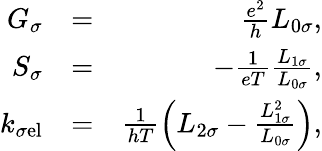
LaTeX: \begin{array}{rlr}{G_{\sigma}}&{=}&{\frac{e^{2}}{h}L_{0\sigma},}\\ {S_{\sigma}}&{=}&{-\frac{1}{eT}\frac{L_{1\sigma}}{L_{0\sigma}},}\\ {k_{\sigma\mathrm{el}}}&{=}&{\frac{1}{hT}\left(L_{2\sigma}-\frac{L_{1\sigma}^{2}}{L_{0\sigma}}\right),}\end{array}